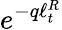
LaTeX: e^{-q\ell_{t}^{R}}